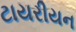
ટાયરીયન